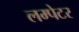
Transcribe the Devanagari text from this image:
लम्पेटर